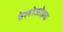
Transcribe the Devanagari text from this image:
वेलोजोइक